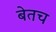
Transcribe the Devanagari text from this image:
बेतच